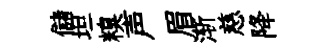
儲坦糗声眉渐慈降